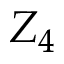
Z _ { 4 }